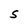
Character: S